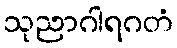
သုညာဂါရဂတံ